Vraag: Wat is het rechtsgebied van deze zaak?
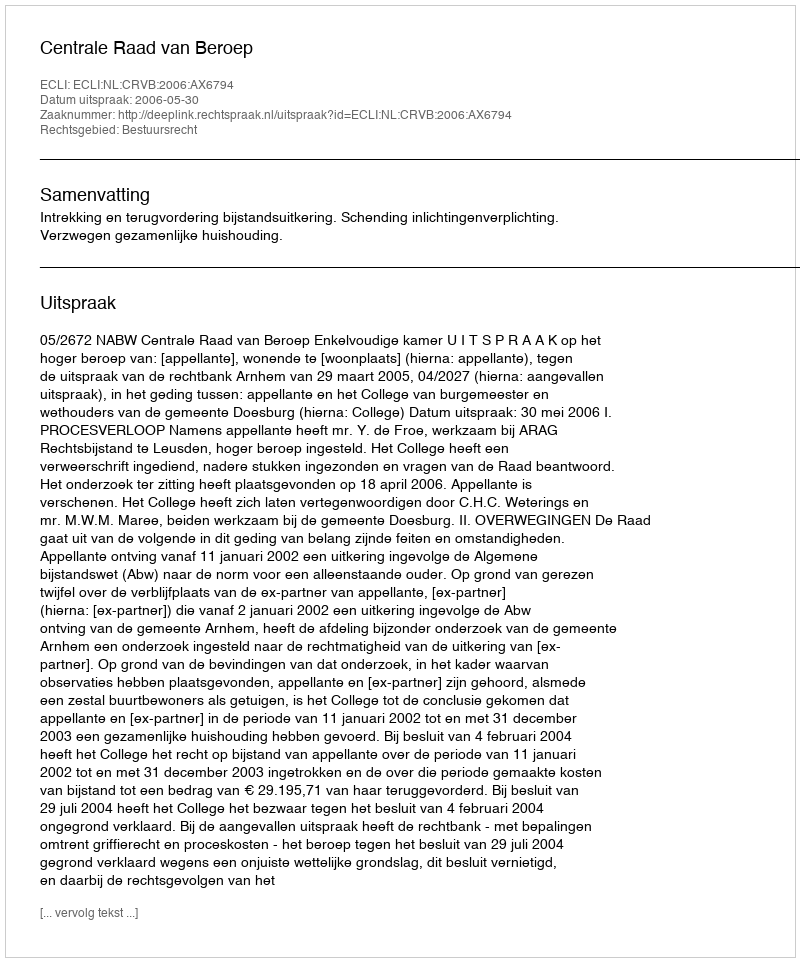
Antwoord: Bestuursrecht